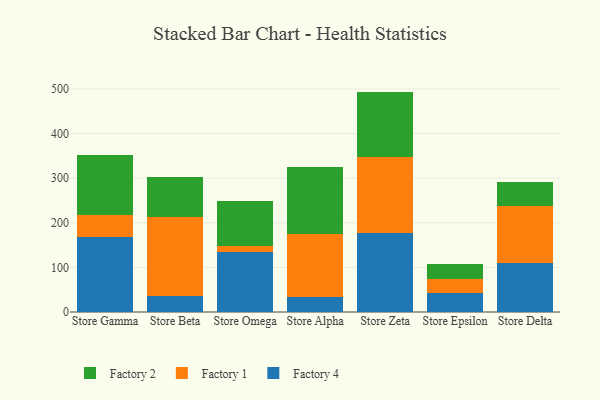
{"axis": {"x": "Store", "y": "Energy Usage (MWh)"}, "legend": ["Factory 1", "Factory 2", "Factory 4"], "data": [{"x": "Store Gamma", "y": 168.2, "type": "Factory 4"}, {"x": "Store Gamma", "y": 49.1, "type": "Factory 1"}, {"x": "Store Gamma", "y": 133.8, "type": "Factory 2"}, {"x": "Store Beta", "y": 35.8, "type": "Factory 4"}, {"x": "Store Beta", "y": 177.4, "type": "Factory 1"}, {"x": "Store Beta", "y": 90.6, "type": "Factory 2"}, {"x": "Store Omega", "y": 133.9, "type": "Factory 4"}, {"x": "Store Omega", "y": 13.7, "type": "Factory 1"}, {"x": "Store Omega", "y": 101.3, "type": "Factory 2"}, {"x": "Store Alpha", "y": 34.6, "type": "Factory 4"}, {"x": "Store Alpha", "y": 141.2, "type": "Factory 1"}, {"x": "Store Alpha", "y": 150.3, "type": "Factory 2"}, {"x": "Store Zeta", "y": 177.8, "type": "Factory 4"}, {"x": "Store Zeta", "y": 170.2, "type": "Factory 1"}, {"x": "Store Zeta", "y": 146.2, "type": "Factory 2"}, {"x": "Store Epsilon", "y": 41.9, "type": "Factory 4"}, {"x": "Store Epsilon", "y": 31.4, "type": "Factory 1"}, {"x": "Store Epsilon", "y": 34.6, "type": "Factory 2"}, {"x": "Store Delta", "y": 109.3, "type": "Factory 4"}, {"x": "Store Delta", "y": 128.1, "type": "Factory 1"}, {"x": "Store Delta", "y": 53.0, "type": "Factory 2"}]}